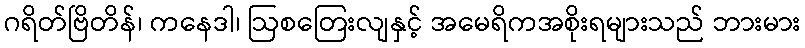
ဂရိတ်ဗြိတိန်၊ ကနေဒါ၊ ဩစတြေးလျနှင့် အမေရိကအစိုးရများသည် ဘားမား